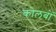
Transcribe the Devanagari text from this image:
कोलबों